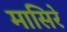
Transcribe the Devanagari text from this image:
मासिरे